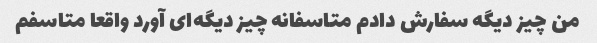
من چیز دیگه سفارش دادم متاسفانه چیز دیگه‌ای آورد واقعا متاسفم